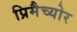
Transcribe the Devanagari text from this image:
प्रिमैच्योर